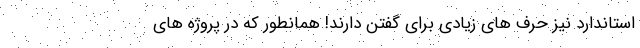
استاندارد نیز حرف های زیادی برای گفتن دارند! همانطور که در پروژه های